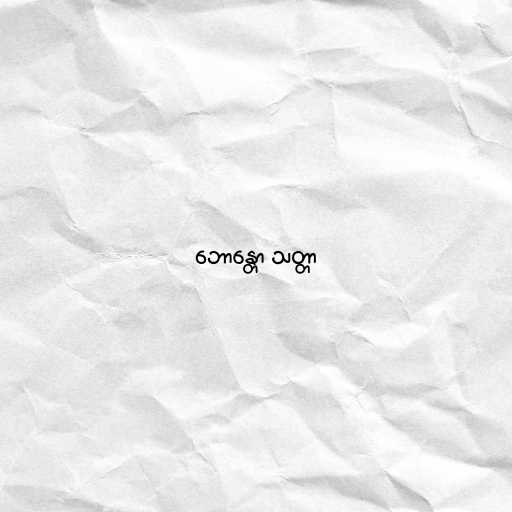
ဘောန္တော သတ္တာ